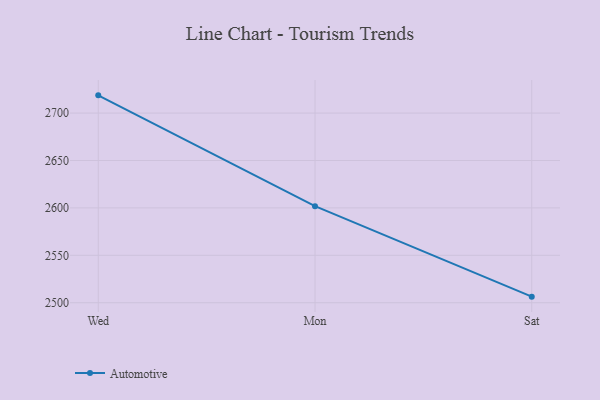
{"axis": {"x": "Day", "y": "Production Output"}, "legend": ["Automotive"], "data": [{"x": "Wed", "y": 2718.7, "type": "Automotive"}, {"x": "Mon", "y": 2601.8, "type": "Automotive"}, {"x": "Sat", "y": 2506.4, "type": "Automotive"}]}